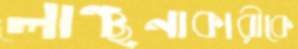
লাঞ্ছনাকারীকে